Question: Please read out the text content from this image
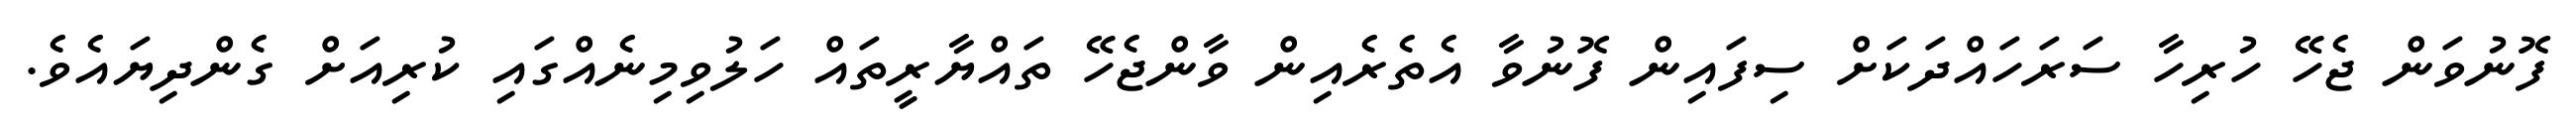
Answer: ފޮނުވަން ޖެހޭ ހުރިހާ ސަރަހައްދަކަށް ސިފައިން ފޮނުވާ އެތެރެއިން ވާންޖެހޭ ތައްޔާރީތައް ހަލުވިމިނެއްގައި ކުރިއަށް ގެންދިޔައެވެ.